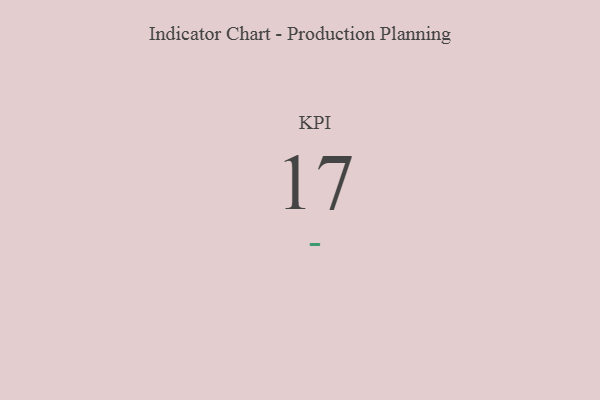
{"axis": {"x": "KPI", "y": "Value"}, "legend": [""], "data": [{"x": "KPI", "y": 17, "type": ""}]}